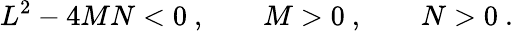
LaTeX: L^{2}-4MN<0\ ,\qquad M>0\ ,\qquad N>0\ .